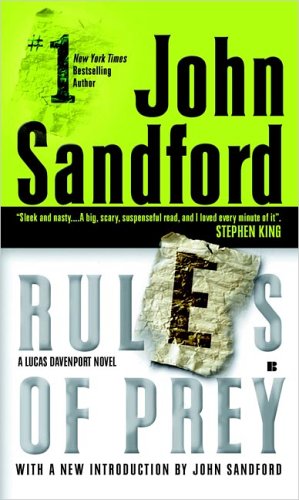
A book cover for Rules of Prey (Lucas Davenport, No. 1); John Sandford; Mystery, Thriller & Suspense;